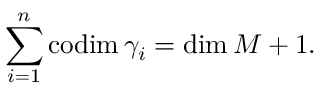
\sum _ { i = 1 } ^ { n } \mathrm { c o d i m } \, \gamma _ { i } = \mathrm { d i m } \, M + 1 .